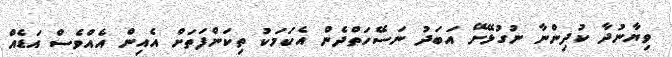
ވިޔާނުދާ ކުދިންނާ ނުގުޅޭށޭ އަބަދު ނަސޭހަތްދެން އެކަމަކު ތިކަންފަތަށް އެއިން އެއްވެސް އަޑެއް